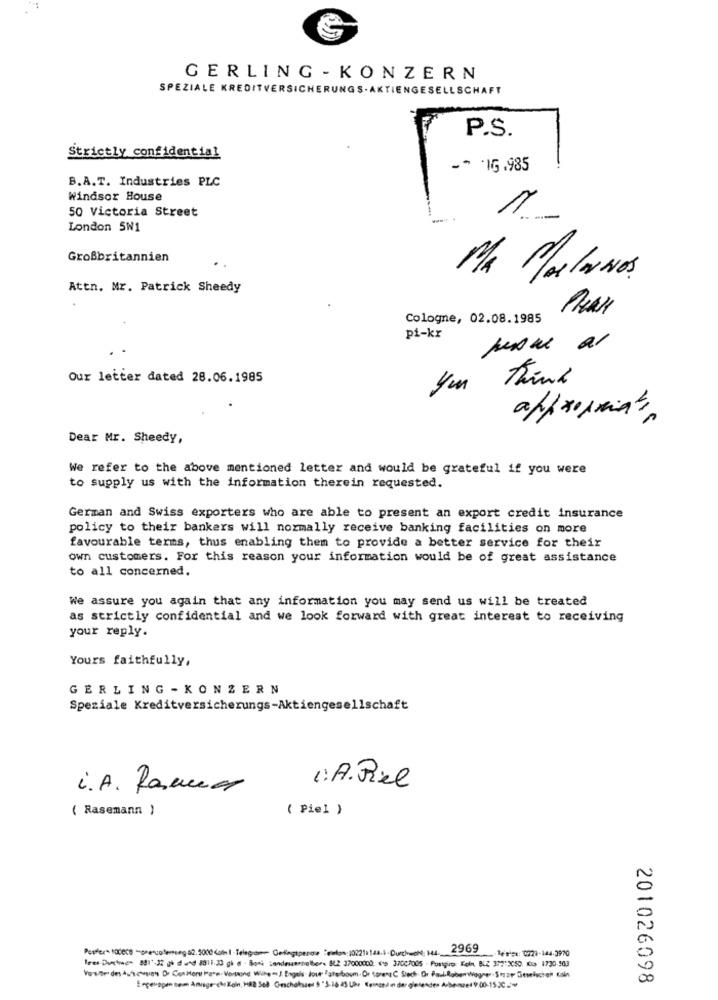
GERLING - KONZERN
SPEZIALE KREDITVERSICHERUNGS- AKTIENGESELLSCHAFT
P.S.
Strictly confidential
-* * 1G.985
B.A.T. Industries PLC
Windsor House
50 Victoria Street
London SW1
Großbritannien
MA MolANOS.
Attn. Mr. Patrick Sheedy
Cologne, 02.08.1985
pi-kr
Our letter dated 28.06.1985
Think
ym
VIS
Dear Mr. Sheedy,
We refer to the above mentioned letter and would be grateful if you were
to supply us with the information therein requested.
German and Swiss exporters who are able to present an export credit insurance
policy to their bankers will normally receive banking facilities on more
favourable terms, thus enabling them to provide a better service for their
own customers. For this reason your information would be of great assistance
to all concerned.
We assure you again that any information you may send us will be treated
as strictly confidential and we look forward with great interest to receiving
your reply.
Yours faithfully,
GERLING - KONZERN
Speziale Kreditversicherungs-Aktiengesellschaft
i.A. Romero
1.A. Piel
( Rasemann )
( Piel )
Perfer- sadece -orencaleruega2.5000 con I -Telegramm Gelingtpesos Telefon: 102211 taa.4 -Durchedit: 14, 203 ..... Tesims: 0279-144-3970
Tres Durchreds 881'-32 gh d and 8811:20 gh e - Bami sandessentialher. (2 -27000000. (19 37007005 - Postgiro: Kein, BLZ 337"2050. Kto 1730-503
201026098
Enpeuapen Bem Amisge che Koin, H82 568 Geschakssel 5 "5.16 45 Uhr Kommenden der gletendes Apbe-ued 9.00-15.30 .*